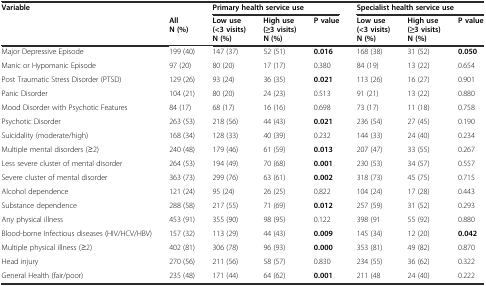
<table><thead><tr><td><b>Variable</b></td><td></td><td colspan="3"><b>Primary health service use</b></td><td colspan="3"><b>Specialist health service use</b></td></tr><tr><td></td><td><b>All N (%)</b></td><td><b>Low use (&lt;3 visits) N (%)</b></td><td><b>High use (≥3 visits) N (%)</b></td><td><b>P value</b></td><td><b>Low use (&lt;3 visits) N (%)</b></td><td><b>High use (≥3 visits) N (%)</b></td><td><b>P value</b></td></tr></thead><tbody><tr><td>Major Depressive Episode</td><td>199 (40)</td><td>147 (37)</td><td>52 (51)</td><td><b>0.016</b></td><td>168 (38)</td><td>31 (52)</td><td><b>0.050</b></td></tr><tr><td>Manic or Hypomanic Episode</td><td>97 (20)</td><td>80 (20)</td><td>17 (17)</td><td>0.380</td><td>84 (19)</td><td>13 (22)</td><td>0.654</td></tr><tr><td>Post Traumatic Stress Disorder (PTSD)</td><td>129 (26)</td><td>93 (24)</td><td>36 (35)</td><td><b>0.021</b></td><td>113 (26)</td><td>16 (27)</td><td>0.901</td></tr><tr><td>Panic Disorder</td><td>104 (21)</td><td>80 (20)</td><td>24 (23)</td><td>0.513</td><td>91 (21)</td><td>13 (22)</td><td>0.880</td></tr><tr><td>Mood Disorder with Psychotic Features</td><td>84 (17)</td><td>68 (17)</td><td>16 (16)</td><td>0.698</td><td>73 (17)</td><td>11 (18)</td><td>0.758</td></tr><tr><td>Psychotic Disorder</td><td>263 (53)</td><td>218 (56)</td><td>44 (43)</td><td><b>0.021</b></td><td>236 (54)</td><td>27 (45)</td><td>0.190</td></tr><tr><td>Suicidality (moderate/high)</td><td>168 (34)</td><td>128 (33)</td><td>40 (39)</td><td>0.232</td><td>144 (33)</td><td>24 (40)</td><td>0.234</td></tr><tr><td>Multiple mental disorders (≥2)</td><td>240 (48)</td><td>179 (46)</td><td>61 (59)</td><td><b>0.013</b></td><td>207 (47)</td><td>33 (55)</td><td>0.267</td></tr><tr><td>Less severe cluster of mental disorder</td><td>264 (53)</td><td>194 (49)</td><td>70 (68)</td><td><b>0.001</b></td><td>230 (53)</td><td>34 (57)</td><td>0.557</td></tr><tr><td>Severe cluster of mental disorder</td><td>363 (73)</td><td>299 (76)</td><td>63 (61)</td><td><b>0.002</b></td><td>318 (73)</td><td>45 (75)</td><td>0.715</td></tr><tr><td>Alcohol dependence</td><td>121 (24)</td><td>95 (24)</td><td>26 (25)</td><td>0.822</td><td>104 (24)</td><td>17 (28)</td><td>0.443</td></tr><tr><td>Substance dependence</td><td>288 (58)</td><td>217 (55)</td><td>71 (69)</td><td><b>0.012</b></td><td>257 (59)</td><td>31 (52)</td><td>0.293</td></tr><tr><td>Any physical illness</td><td>453 (91)</td><td>355 (90)</td><td>98 (95)</td><td>0.122</td><td>398 (91</td><td>55 (92)</td><td>0.880</td></tr><tr><td>Blood-borne Infectious diseases (HIV/HCV/HBV)</td><td>157 (32)</td><td>113 (29)</td><td>44 (43)</td><td><b>0.009</b></td><td>145 (34)</td><td>12 (20)</td><td><b>0.042</b></td></tr><tr><td>Multiple physical illness (≥2)</td><td>402 (81)</td><td>306 (78)</td><td>96 (93)</td><td><b>0.000</b></td><td>353 (81)</td><td>49 (82)</td><td>0.870</td></tr><tr><td>Head injury</td><td>270 (56)</td><td>211 (56)</td><td>58 (57)</td><td>0.830</td><td>234 (55)</td><td>36 (62)</td><td>0.322</td></tr><tr><td>General Health (fair/poor)</td><td>235 (48)</td><td>171 (44)</td><td>64 (62)</td><td><b>0.001</b></td><td>211 (48</td><td>24 (40)</td><td>0.222</td></tr></tbody></table>